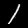
Label: 1